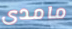
مامدى